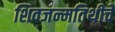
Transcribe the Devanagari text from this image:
शिवजन्मतिथीचे